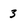
Character: 3